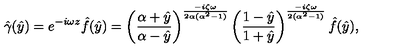
\hat { \gamma } ( \hat { y } ) = e ^ { - i \omega z } \hat { f } ( \hat { y } ) = \left( \frac { \alpha + \hat { y } } { \alpha - \hat { y } } \right) ^ { \frac { - i \zeta \omega } { 2 \alpha ( \alpha ^ { 2 } - 1 ) } } \left( \frac { 1 - \hat { y } } { 1 + \hat { y } } \right) ^ { \frac { - i \zeta \omega } { 2 ( \alpha ^ { 2 } - 1 ) } } \hat { f } ( \hat { y } ) ,